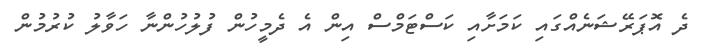
ދެ އޮޕަރޭޝަނެއްގައި ކަމަށާއި ކަސްޓަމްސް އިން އެ ދެމީހުން ފުލުހުންނާ ހަވާލު ކުރުމުން